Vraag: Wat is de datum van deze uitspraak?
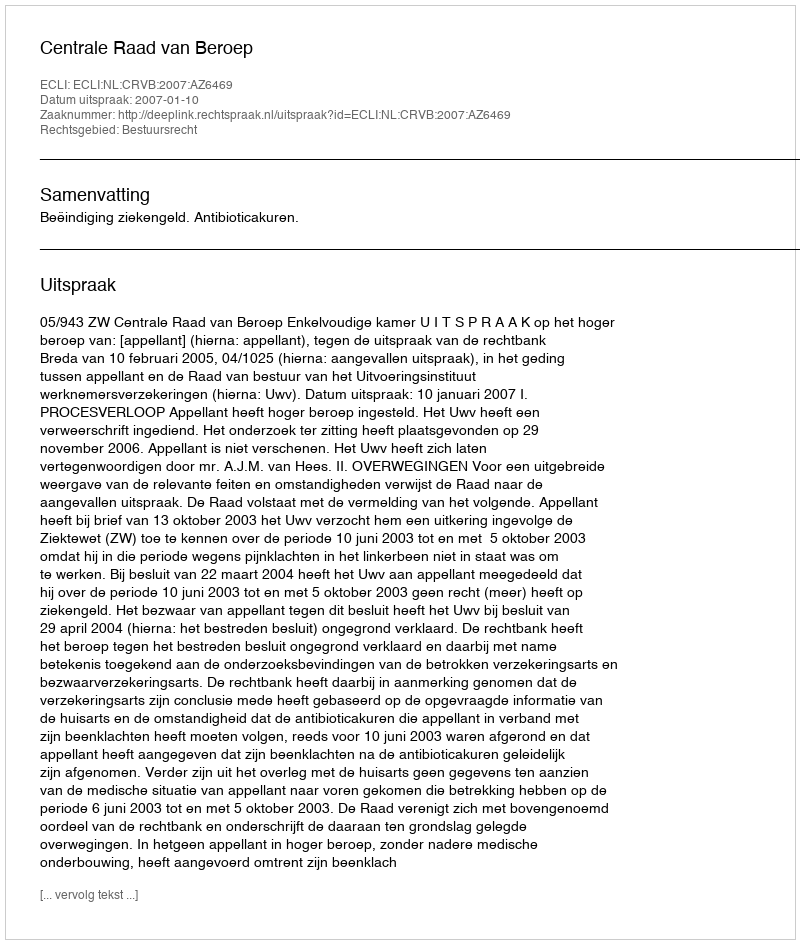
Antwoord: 2007-01-10